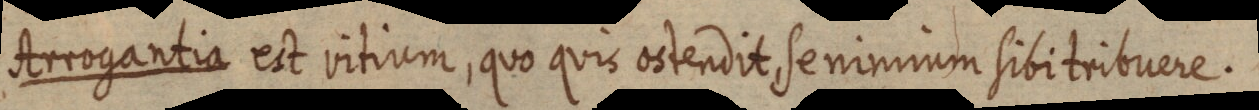
Arrogantia est vitium, quo quis ostendit se nimium sibitribuere.